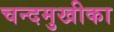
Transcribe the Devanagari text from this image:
चन्दमुखीका